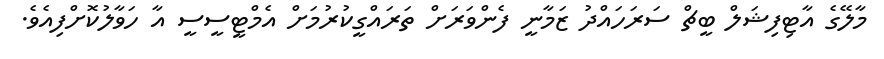
މާލޭގެ އާޓިފިޝަލް ބީޗް ސަރަހައްދު ޒަމާނީ ފެންވަރަށް ތަރައްގީކުރުމަށް އެމްޓީސީސީ އާ ހަވާލުކޮށްފިއެވެ.